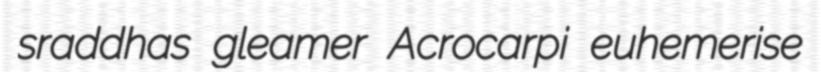
sraddhas gleamer Acrocarpi euhemerise